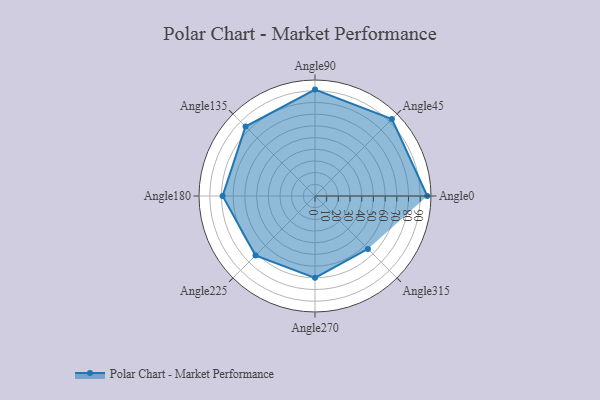
{"axis": {"x": "Angle", "y": "Radius"}, "legend": [""], "data": [{"x": "Angle0", "y": 96.0, "type": ""}, {"x": "Angle45", "y": 93.0, "type": ""}, {"x": "Angle90", "y": 91.0, "type": ""}, {"x": "Angle135", "y": 84.0, "type": ""}, {"x": "Angle180", "y": 79.0, "type": ""}, {"x": "Angle225", "y": 72.0, "type": ""}, {"x": "Angle270", "y": 70.0, "type": ""}, {"x": "Angle315", "y": 64.0, "type": ""}]}